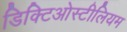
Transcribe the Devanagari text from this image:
डिक्टिओस्टीलियम